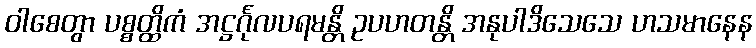
ဝါစေတွာ ပစ္စတ္ထိကံ အဋ္ဌင်္ဂုလပရမန္တိ ဥပဟတန္တိ အနုပါဒိသေသေ ဟသမာနေန